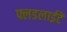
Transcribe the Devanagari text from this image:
फ्लडलाईटें